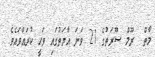
މާތް  ރޫމް ސޫރަތުގެ 21 ވަނަ އާޔަތުގައި ވަޙީ ކުރައްވައެވެ.